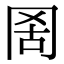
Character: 𦊖